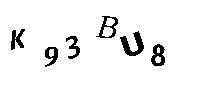
K93BU8